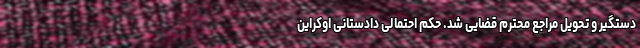
دستگیر و تحویل مراجع محترم قضایی شد. حکم احتمالی دادستانی اوکراین